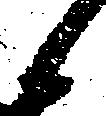
候